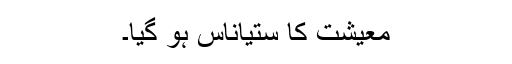
معیشت کا ستیاناس ہو گیا۔